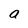
Character: a